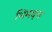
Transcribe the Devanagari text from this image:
भिमदत्त